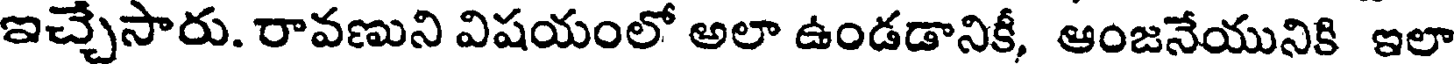
ఇచ్చేసారు. రావణుని విషయంలో అలా ఉండడానికీ, ఆంజనేయునికి ఇలా